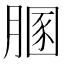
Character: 𦞢